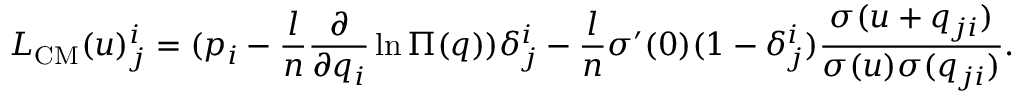
L _ { \mathrm { C M } } ( u ) _ { j } ^ { i } = ( p _ { i } - \frac { l } { n } \frac { \partial } { \partial q _ { i } } \ln \Pi ( q ) ) \delta _ { j } ^ { i } - \frac { l } { n } \sigma ^ { \prime } ( 0 ) ( 1 - \delta _ { j } ^ { i } ) \frac { \sigma ( u + q _ { j i } ) } { \sigma ( u ) \sigma ( q _ { j i } ) } .